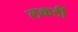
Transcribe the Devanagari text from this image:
लकडीं